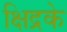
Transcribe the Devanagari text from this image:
क्षिद्रके